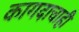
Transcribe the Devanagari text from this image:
कागदाचाही